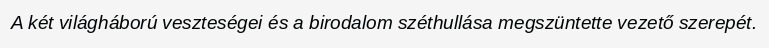
A két világháború veszteségei és a birodalom széthullása megszüntette vezető szerepét.